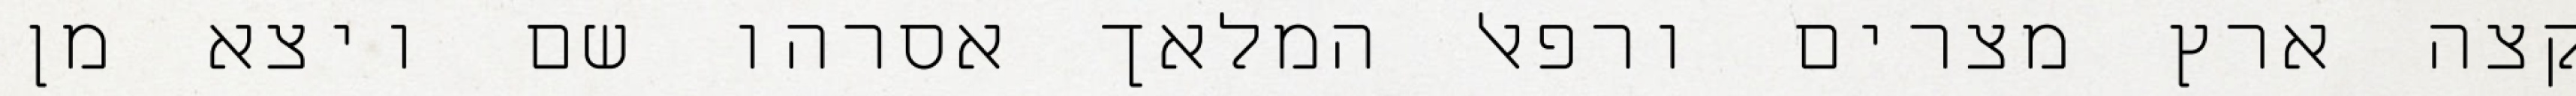
קצה ארץ מצרים ורפאל המלאך אסרהו שם ויצא מן